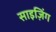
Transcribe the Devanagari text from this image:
साइज़िंग